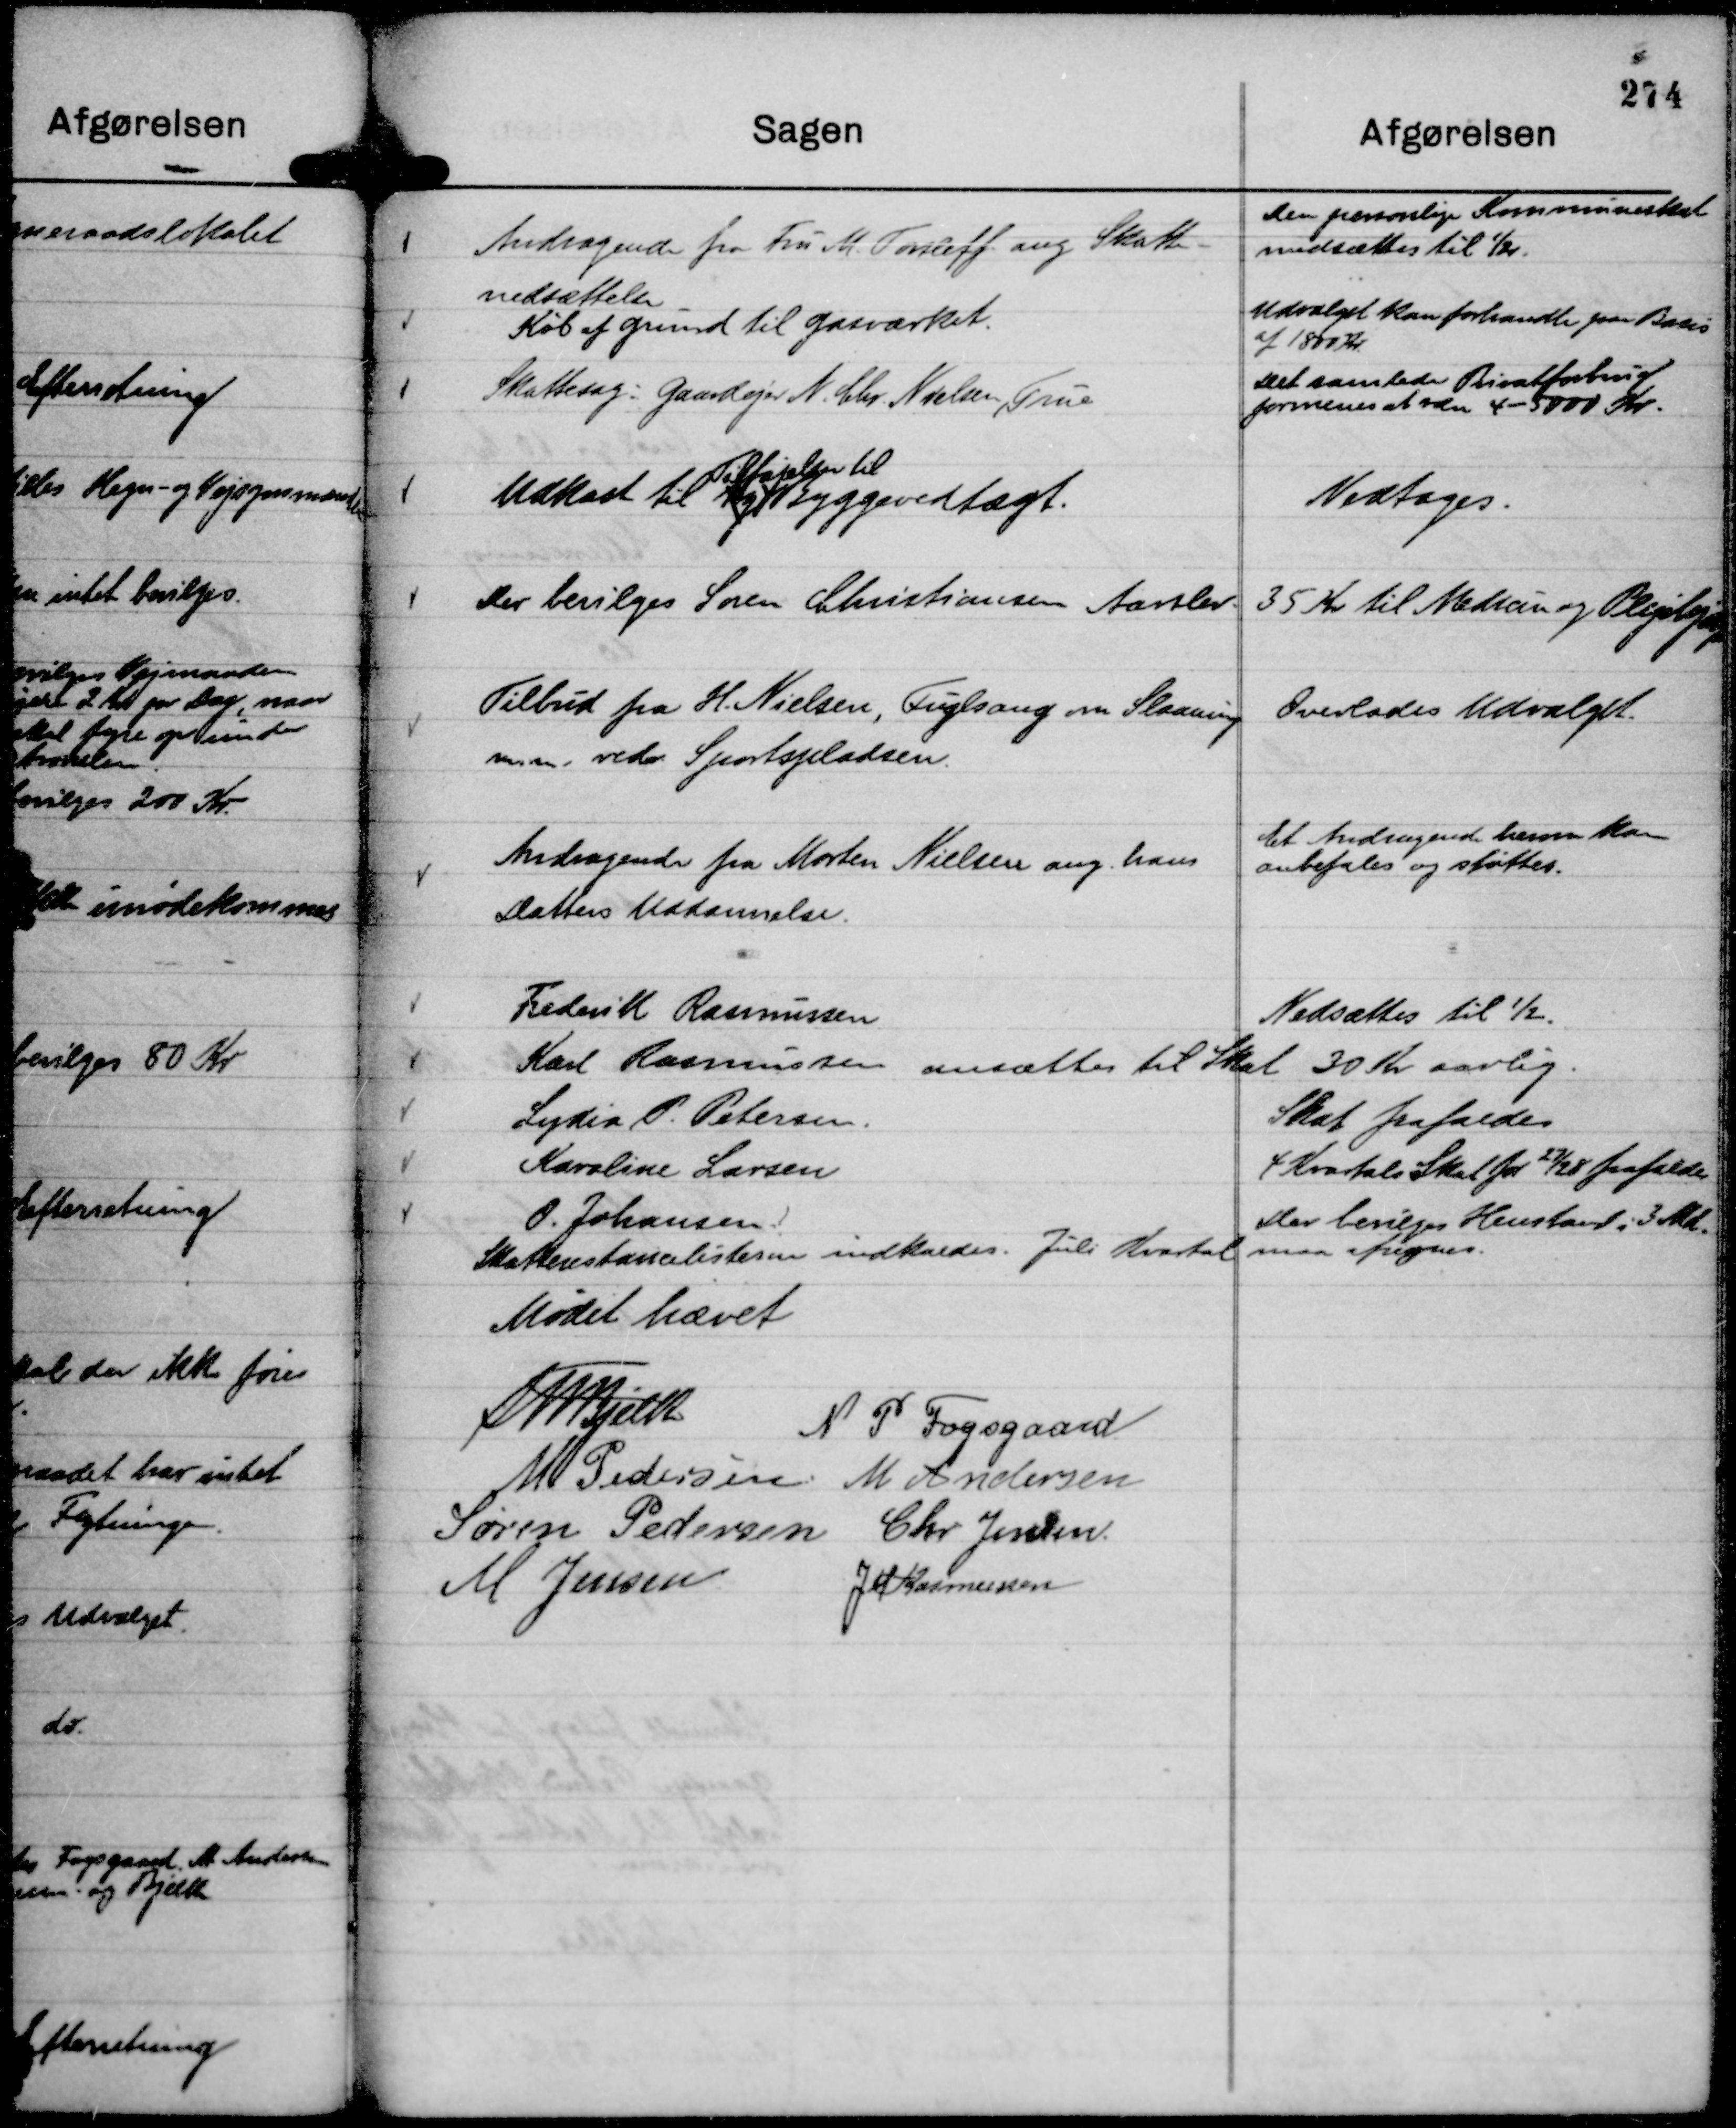
Transskription:
Andragende fra Fru M. Torsleff. ang Skatte-
nedsættelse

Den personlige Kommuneskat
nedsættes til ½.

Køb af Grund til Gasværket.

Udvalget kan forhandle paa Basis
af 1800 Kr.

Skattesag: Gaardejer N. Chr. Nielsen, True

Det samlede Privatforbrug
formenes at være 4 - 5000 Kr.

Udkast til ny
Tilføjelser til
Byggevedtægt.

Vedtages.

Der bevilges Søren Christiansen Aarslev. 35 Kr til Medicin og Plejehjælp

Tilbud fra H. Nielsen, Fuglsang om Slaaning
m. m. vedr. Sportspladsen.

Overlodes Udvalget.

Andragende fra Morten Nielsen ang. hans
Datters Uddannelse.

Et Andragende herom kan
anbefales og støttes.

Skatterestancelisterne indkaldes. Juli Kvartal maa afregnes.

Mødet hævet
Th Bjelke
N P Fogsgaard
M Pedersen
M Andersen
Søren Pedersen
Chr Jensen.
M Jensen
J M Rasmussen